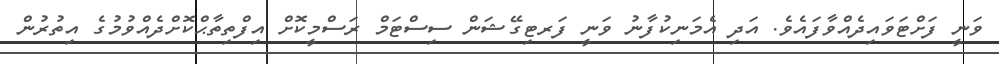
ވަނީ ފަށްޓަވައިދެއްވާފައެވެ. އަދި އެމަނިކުފާނު ވަނީ ފަރޓިގޭޝަން ސިސްޓަމް ރަސްމީކޮށް އިފްތިތާޙްކޮށްދެއްވުމުގެ އިތުރުން